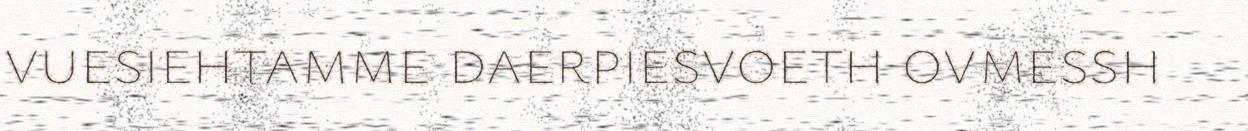
vuesiehtamme daerpiesvoeth ovmessh